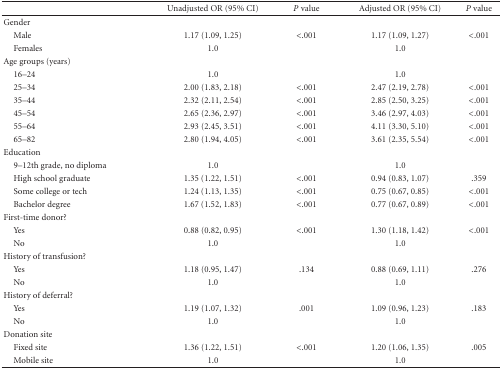
<table><thead><tr><td></td><td><b>Unadjusted OR (95% CI)</b></td><td><b><i>P</i> value</b></td><td><b>Adjusted OR (95% CI)</b></td><td><b><i>P</i> value</b></td></tr></thead><tbody><tr><td>Gender</td><td></td><td></td><td></td><td></td></tr><tr><td> Male</td><td>1.17 (1.09, 1.25)</td><td>&lt;.001</td><td>1.17 (1.09, 1.27)</td><td>&lt;.001</td></tr><tr><td> Females</td><td>1.0</td><td></td><td>1.0</td><td></td></tr><tr><td>Age groups (years)</td><td></td><td></td><td></td><td></td></tr><tr><td> 16–24</td><td>1.0</td><td></td><td>1.0</td><td></td></tr><tr><td> 25–34</td><td>2.00 (1.83, 2.18)</td><td>&lt;.001</td><td>2.47 (2.19, 2.78)</td><td>&lt;.001</td></tr><tr><td> 35–44</td><td>2.32 (2.11, 2.54)</td><td>&lt;.001</td><td>2.85 (2.50, 3.25)</td><td>&lt;.001</td></tr><tr><td> 45–54</td><td>2.65 (2.36, 2.97)</td><td>&lt;.001</td><td>3.46 (2.97, 4.03)</td><td>&lt;.001</td></tr><tr><td> 55–64</td><td>2.93 (2.45, 3.51)</td><td>&lt;.001</td><td>4.11 (3.30, 5.10)</td><td>&lt;.001</td></tr><tr><td> 65–82</td><td>2.80 (1.94, 4.05)</td><td>&lt;.001</td><td>3.61 (2.35, 5.54)</td><td>&lt;.001</td></tr><tr><td>Education</td><td></td><td></td><td></td><td></td></tr><tr><td> 9–12th grade, no diploma</td><td>1.0</td><td></td><td>1.0</td><td></td></tr><tr><td> High school graduate</td><td>1.35 (1.22, 1.51)</td><td>&lt;.001</td><td>0.94 (0.83, 1.07)</td><td>.359</td></tr><tr><td> Some college or tech</td><td>1.24 (1.13, 1.35)</td><td>&lt;.001</td><td>0.75 (0.67, 0.85)</td><td>&lt;.001</td></tr><tr><td> Bachelor degree</td><td>1.67 (1.52, 1.83)</td><td>&lt;.001</td><td>0.77 (0.67, 0.89)</td><td>&lt;.001</td></tr><tr><td>First-time donor?</td><td></td><td></td><td></td><td></td></tr><tr><td> Yes</td><td>0.88 (0.82, 0.95)</td><td>&lt;.001</td><td>1.30 (1.18, 1.42)</td><td>&lt;.001</td></tr><tr><td> No</td><td>1.0</td><td></td><td>1.0</td><td> </td></tr><tr><td>History of transfusion?</td><td></td><td></td><td></td><td></td></tr><tr><td> Yes</td><td>1.18 (0.95, 1.47)</td><td>.134</td><td>0.88 (0.69, 1.11)</td><td>.276</td></tr><tr><td> No</td><td>1.0</td><td></td><td>1.0</td><td></td></tr><tr><td>History of deferral?</td><td></td><td></td><td></td><td></td></tr><tr><td> Yes</td><td>1.19 (1.07, 1.32)</td><td>.001</td><td>1.09 (0.96, 1.23)</td><td>.183</td></tr><tr><td> No</td><td>1.0</td><td></td><td>1.0</td><td></td></tr><tr><td>Donation site</td><td></td><td></td><td></td><td></td></tr><tr><td> Fixed site</td><td>1.36 (1.22, 1.51)</td><td>&lt;.001</td><td>1.20 (1.06, 1.35)</td><td>.005</td></tr><tr><td> Mobile site</td><td>1.0</td><td></td><td>1.0</td><td></td></tr></tbody></table>